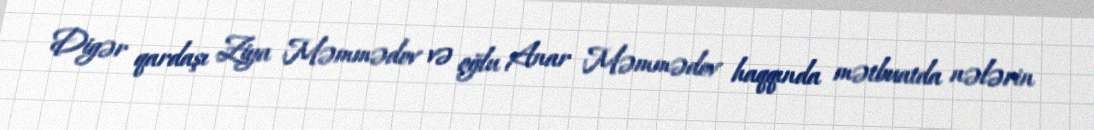
Digər qardaşı Ziya Məmmədov və oğlu Anar Məmmədov haqqında mətbuatda nələrin